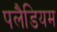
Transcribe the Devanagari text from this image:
पलैडियम